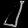
Digit: ၂